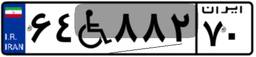
۷۹W۲۹۳۶۴